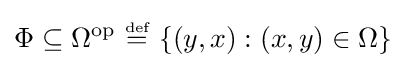
\Phi \subseteq \Omega ^{\operatorname {op} }~{\stackrel {\scriptscriptstyle {\text{def}}}{=}}~\{(y,x):(x,y)\in \Omega \}